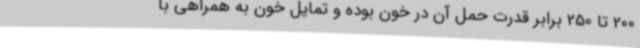
200 تا 250 برابر قدرت حمل آن در خون بوده و تمایل خون به همراهی با